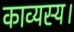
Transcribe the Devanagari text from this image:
काव्यस्य।